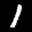
Label: 1